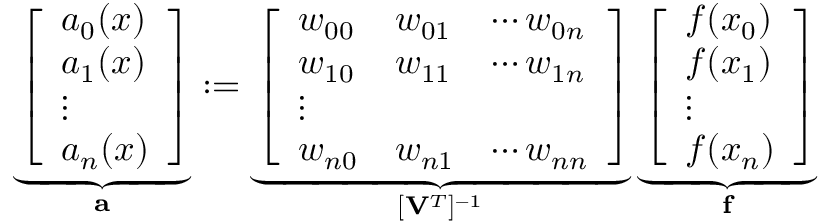
\underbrace { \left[ \begin{array} { l } { a _ { 0 } ( x ) } \\ { a _ { 1 } ( x ) } \\ { \vdots } \\ { a _ { n } ( x ) } \end{array} \right] } _ { \mathbf { a } } : = \underbrace { \left[ \begin{array} { l l l } { w _ { 0 0 } } & { w _ { 0 1 } } & { \cdots w _ { 0 n } } \\ { w _ { 1 0 } } & { w _ { 1 1 } } & { \cdots w _ { 1 n } } \\ { \vdots } \\ { w _ { n 0 } } & { w _ { n 1 } } & { \cdots w _ { n n } } \end{array} \right] } _ { [ \mathbf { V } ^ { T } ] ^ { - 1 } } \underbrace { \left[ \begin{array} { l } { f ( x _ { 0 } ) } \\ { f ( x _ { 1 } ) } \\ { \vdots } \\ { f ( x _ { n } ) } \end{array} \right] } _ { \mathbf { f } }